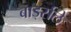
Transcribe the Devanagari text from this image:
बार्ड्सले